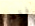
فقط